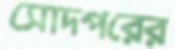
সোদপরের